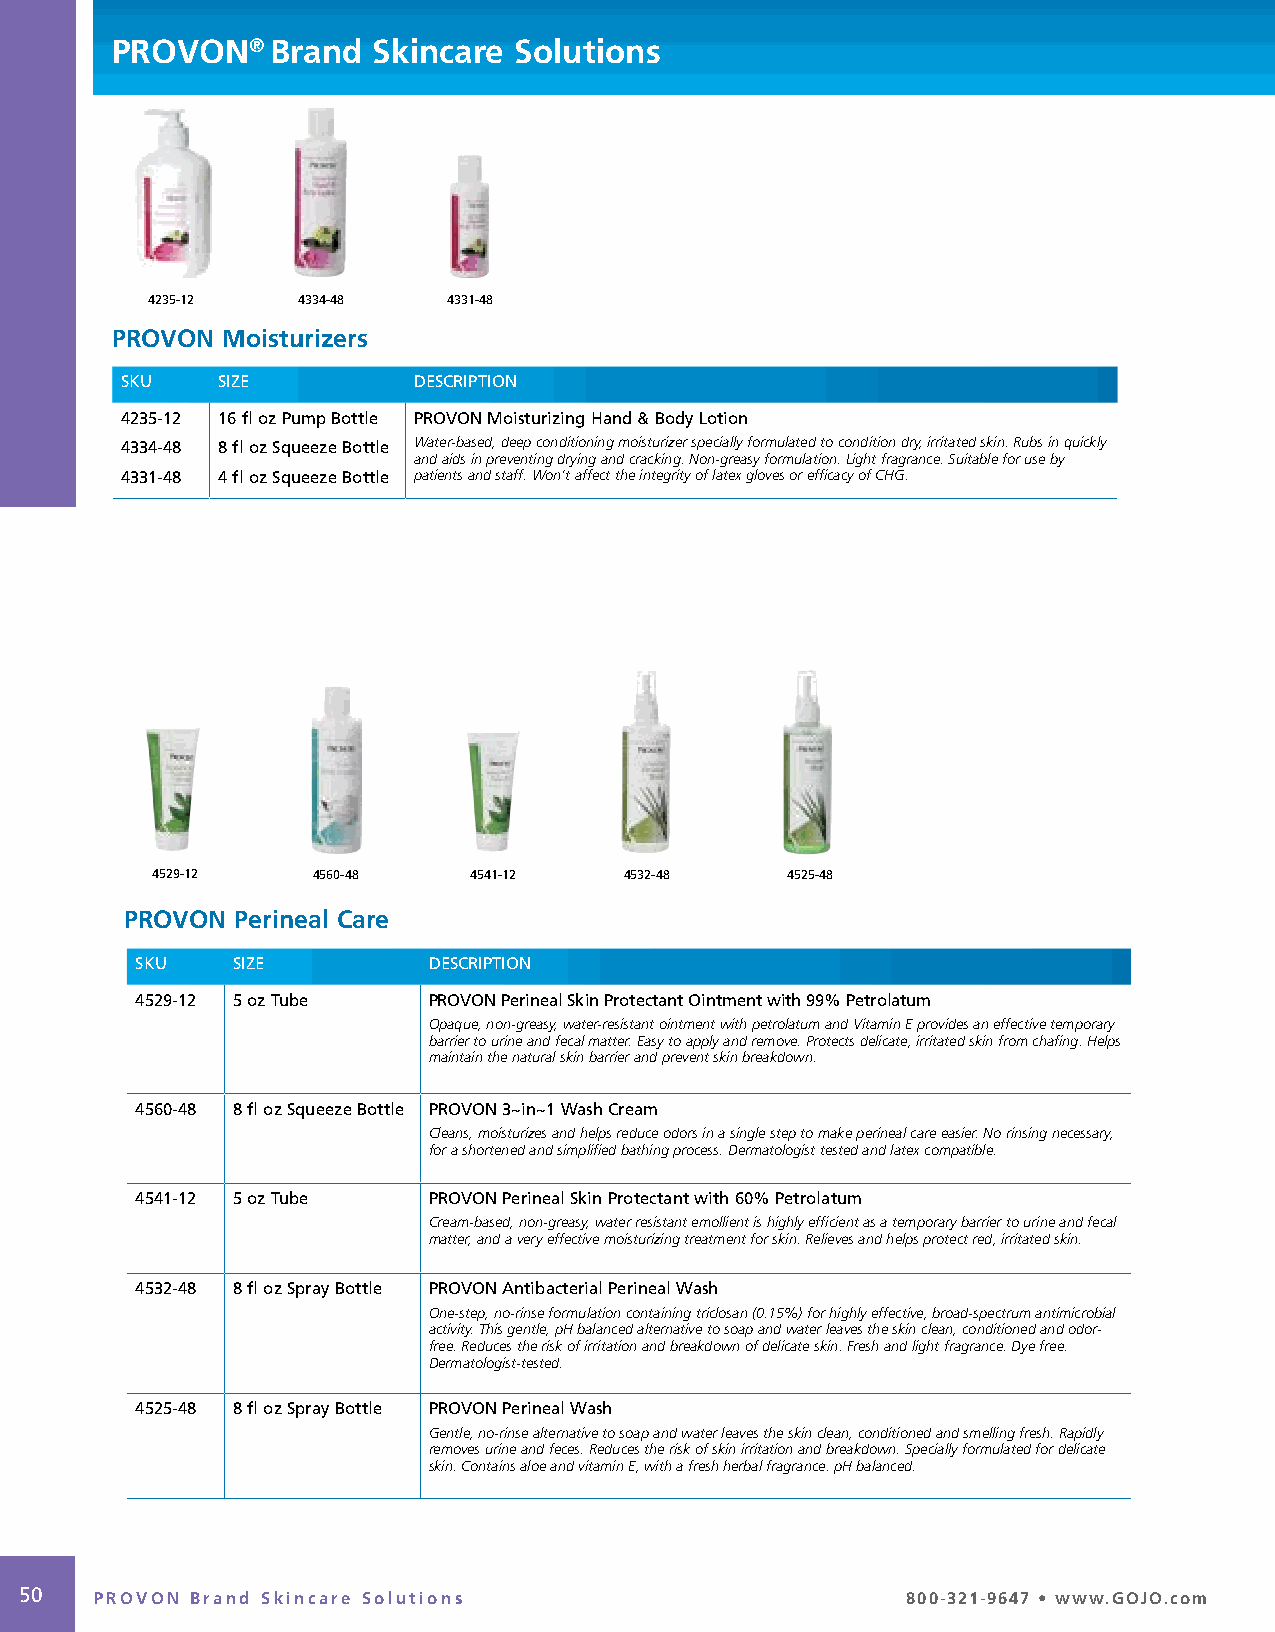
PROVON®    Brand  Skincare Solutions
 4235-12   4334-48   4331-48
 PROVON  Moisturizers
 SKU   SIZE         DESCRIPTION
 4235-12 16 fl oz Pump Bottle PROVON Moisturizing Hand & Body Lotion
 4334-48 8 fl oz Squeeze Bottle Water-based, deep conditioning moisturizer specially formulated to condition dry, irritated skin. Rubs in quickly
 and aids in preventing drying and cracking. Non-greasy formulation. Light fragrance. Suitable for use by
 4331-48 4 fl oz Squeeze Bottle patients and staff. Won’t affect the integrity of latex gloves or efficacy of CHG.
 4529-12    4560-48   4541-12   4532-48    4525-48
 PROVON  Perineal Care
 SKU   SIZE         DESCRIPTION
 4529-12 5 oz Tube  PROVON Perineal Skin Protectant Ointment with 99% Petrolatum
 Opaque, non-greasy, water-resistant ointment with petrolatum and Vitamin E provides an effective temporary
 barrier to urine and fecal matter. Easy to apply and remove. Protects delicate, irritated skin from chafing. Helps
 maintain the natural skin barrier and prevent skin breakdown.
 4560-48 8 fl oz Squeeze Bottle PROVON 3~in~1 Wash Cream
 Cleans, moisturizes and helps reduce odors in a single step to make perineal care easier. No rinsing necessary,
 for a shortened and simplified bathing process. Dermatologist tested and latex compatible.
 4541-12 5 oz Tube  PROVON Perineal Skin Protectant with 60% Petrolatum
 Cream-based, non-greasy, water resistant emollient is highly efficient as a temporary barrier to urine and fecal
 matter, and a very effective moisturizing treatment for skin. Relieves and helps protect red, irritated skin.
 4532-48 8 fl oz Spray Bottle PROVON Antibacterial Perineal Wash
 One-step, no-rinse formulation containing triclosan (0.15%) for highly effective, broad-spectrum antimicrobial
 activity. This gentle, pH balanced alternative to soap and water leaves the skin clean, conditioned and odor-
 free. Reduces the risk of irritation and breakdown of delicate skin. Fresh and light fragrance. Dye free.
 Dermatologist-tested.
 4525-48 8 fl oz Spray Bottle PROVON Perineal Wash
 Gentle, no-rinse alternative to soap and water leaves the skin clean, conditioned and smelling fresh. Rapidly
 removes urine and feces. Reduces the risk of skin irritation and breakdown. Specially formulated for delicate
 skin. Contains aloe and vitamin E, with a fresh herbal fragrance. pH balanced.
 50   PROVON Brand Skincare Solutions                       800-321-9647 • www.GOJO.com